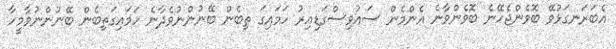
އެބަރަނގަޅުވޭ ބޮވެންޖެހޭނެ ބޮވެންވާނެ އެންމެން ސައުވިސްގަޑިއިރު ހަމައިގަ ތިބެން ބޭނުންނުވެދާނެ ހަމައިގަތިބެން ބޭނުންނުވާމީހާ